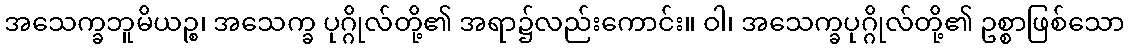
အသေက္ခဘူမိယဉ္စ၊ အသေက္ခ ပုဂ္ဂိုလ်တို့၏ အရာ၌လည်းကောင်း။ ဝါ၊ အသေက္ခပုဂ္ဂိုလ်တို့၏ ဥစ္စာဖြစ်သော